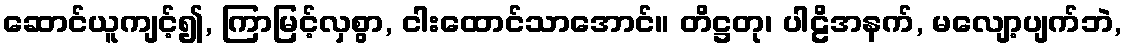
ဆောင်ယူကျင့်၍, ကြာမြင့်လှစွာ, ငါးထောင်သာအောင်။ တိဋ္ဌတု၊ ပါဠိအနက်, မလျော့ပျက်ဘဲ,